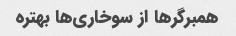
همبرگر‌ها از سوخاری‌ها بهتره